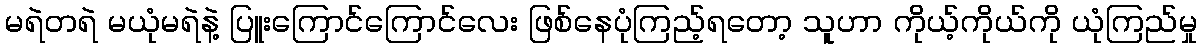
မရဲတရဲ မယုံမရဲနဲ့ ပြူးကြောင်ကြောင်လေး ဖြစ်နေပုံကြည့်ရတော့ သူဟာ ကိုယ့်ကိုယ်ကို ယုံကြည်မှု